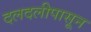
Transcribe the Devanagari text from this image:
दलदलीपासून